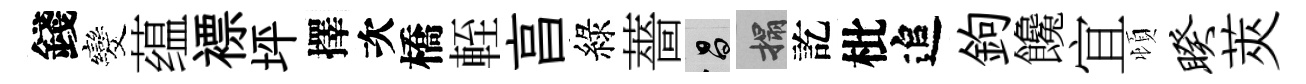
錢发蕴褾坪擇次橋輊亯綠薔昌搨訖枇追鉤饞宜頓睽莢